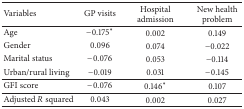
| Variables | GP visits | Hospital admission | New health problem |
 | --- | --- | --- | --- |
 | Age | −0.175∗ | 0.002 | 0.149 |
 | Gender | 0.096 | 0.074 | −0.022 |
 | Marital status | −0.076 | 0.053 | −0.114 |
 | Urban/rural living | −0.019 | 0.031 | −0.145 |
 | GFI score | −0.076 | 0.146∗ | 0.107 |
 | Adjusted R squared | 0.043 | 0.002 | 0.027 |